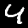
Label: 4